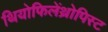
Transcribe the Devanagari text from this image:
थियोफिलेंथ्रोपिस्ट